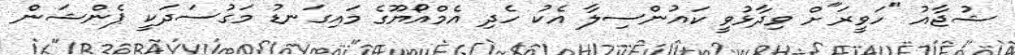
ޝުޖާއު "ހަވީރަ"ށް ވިދާޅުވީ ކައުންސިލާ އެކު ހެދި އެމްއޯޔޫގެ މައިގަނޑު މަގުސަދަކީ ޕެންޝަން